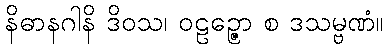
နိဓာနဂါနိ ဒိဝသ၊ ဝဠဉ္ဇော စ ဒသမ္ဗဏံ။